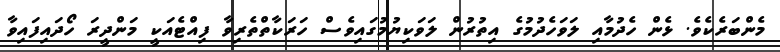
މެންބަރެކެވެ. ޅެން ހެދުމާއި ލަވަހެދުމުގެ އިތުރުން ލަވަކިޔުމުގައިވެސް ހަރަކާތްތެރިވާ ފިއްޓެއަކީ މަންދީރަ ހޯދައިފައިވާ